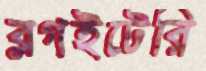
ব্লগইটেরি